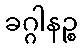
ခဂ္ဂါနဉ္စ